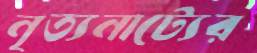
নৃত্যনাট্যের